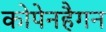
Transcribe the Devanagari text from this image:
कोपेनहैगन